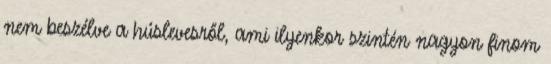
nem beszélve a húslevesről, ami ilyenkor szintén nagyon finom